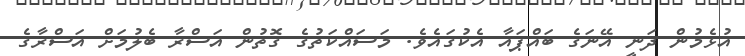
އުޅެމުން ދަނީ އޭނަގެ ބައްޕައާ އެކުގައެވެ. މަސައްކަތުގެ ގޮތުން އަސްރާ ބެލުމަށް އަސްރާގެ